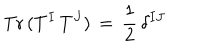
\mathrm { T r } \, ( T ^ { I } \, T ^ { J } ) \, = \, \frac { 1 } { 2 } \, \delta ^ { I J }